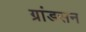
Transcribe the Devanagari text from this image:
ग्रांडसन